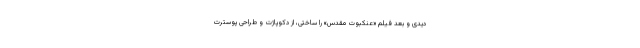
دیدی و بعد فیلم «عنکبوت مقدس» را ساختی، از دکوپاژت و طراحی پوسترت